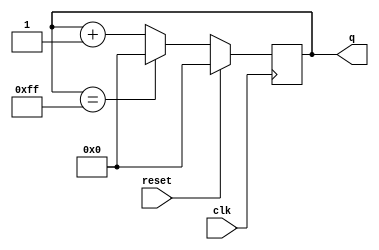
module counter_8bits(clk, reset, q);
	  input clk, reset;
	  output reg [7:0] q;
	  
	  always @ (posedge clk) // 
	  begin
		if (reset == 1) q = 8'b0; // 
		else 
		begin
		  if (q == 8'hff) q = 0; // 0
		else q = q + 1; // 
		end
	  end
endmodule